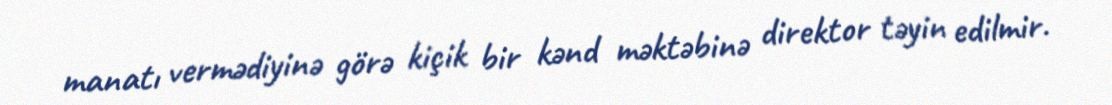
manatı vermədiyinə görə kiçik bir kənd məktəbinə direktor təyin edilmir.